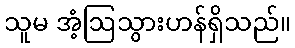
သူမ အံ့ဩသွားဟန်ရှိသည်။